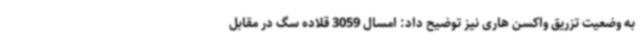
به وضعیت تزریق واکسن هاری نیز توضیح داد: امسال 3059 قلاده سگ در مقابل